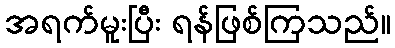
အရက်မူးပြီး ရန်ဖြစ်ကြသည်။